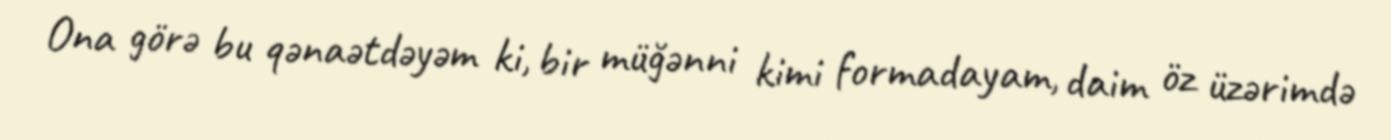
Ona görə bu qənaətdəyəm ki, bir müğənni kimi formadayam, daim öz üzərimdə